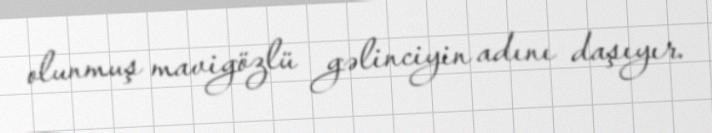
olunmuş mavigözlü gəlinciyin adını daşıyır.